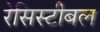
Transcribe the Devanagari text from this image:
रेसिस्टीबल